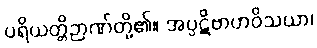
ပရိယတ္တိဉာဏ်တို့၏။ အပ္ပဋိဗာဟဝိသယာ၊